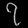
Digit: ၇